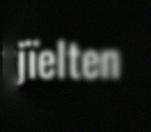
tjïelten